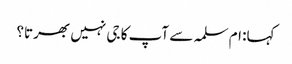
کہا: ام سلمہ سے آپ کا جی نہیں بھرتا؟